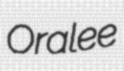
Oralee